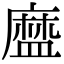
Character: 𥂓